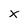
Character: x